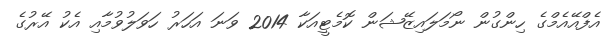
އެފްއޭއެމްގެ ހިންގުން ނޯމަލައިޒޭޝަން ކޮމެޓީއަކާ 2014 ވަނަ އަހަރު ހަވަލުވުމާއި އެކު އޭރުގެ